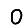
Digit: 0